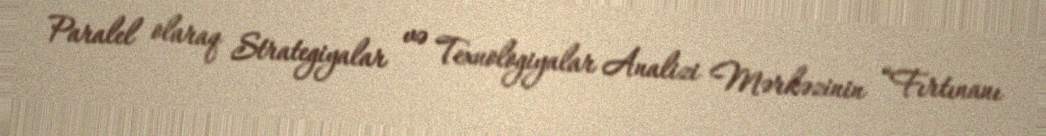
Paralel olaraq Strategiyalar və Texnologiyalar Analizi Mərkəzinin “Fırtınanı